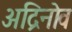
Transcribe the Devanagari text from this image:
अद्रिनोव